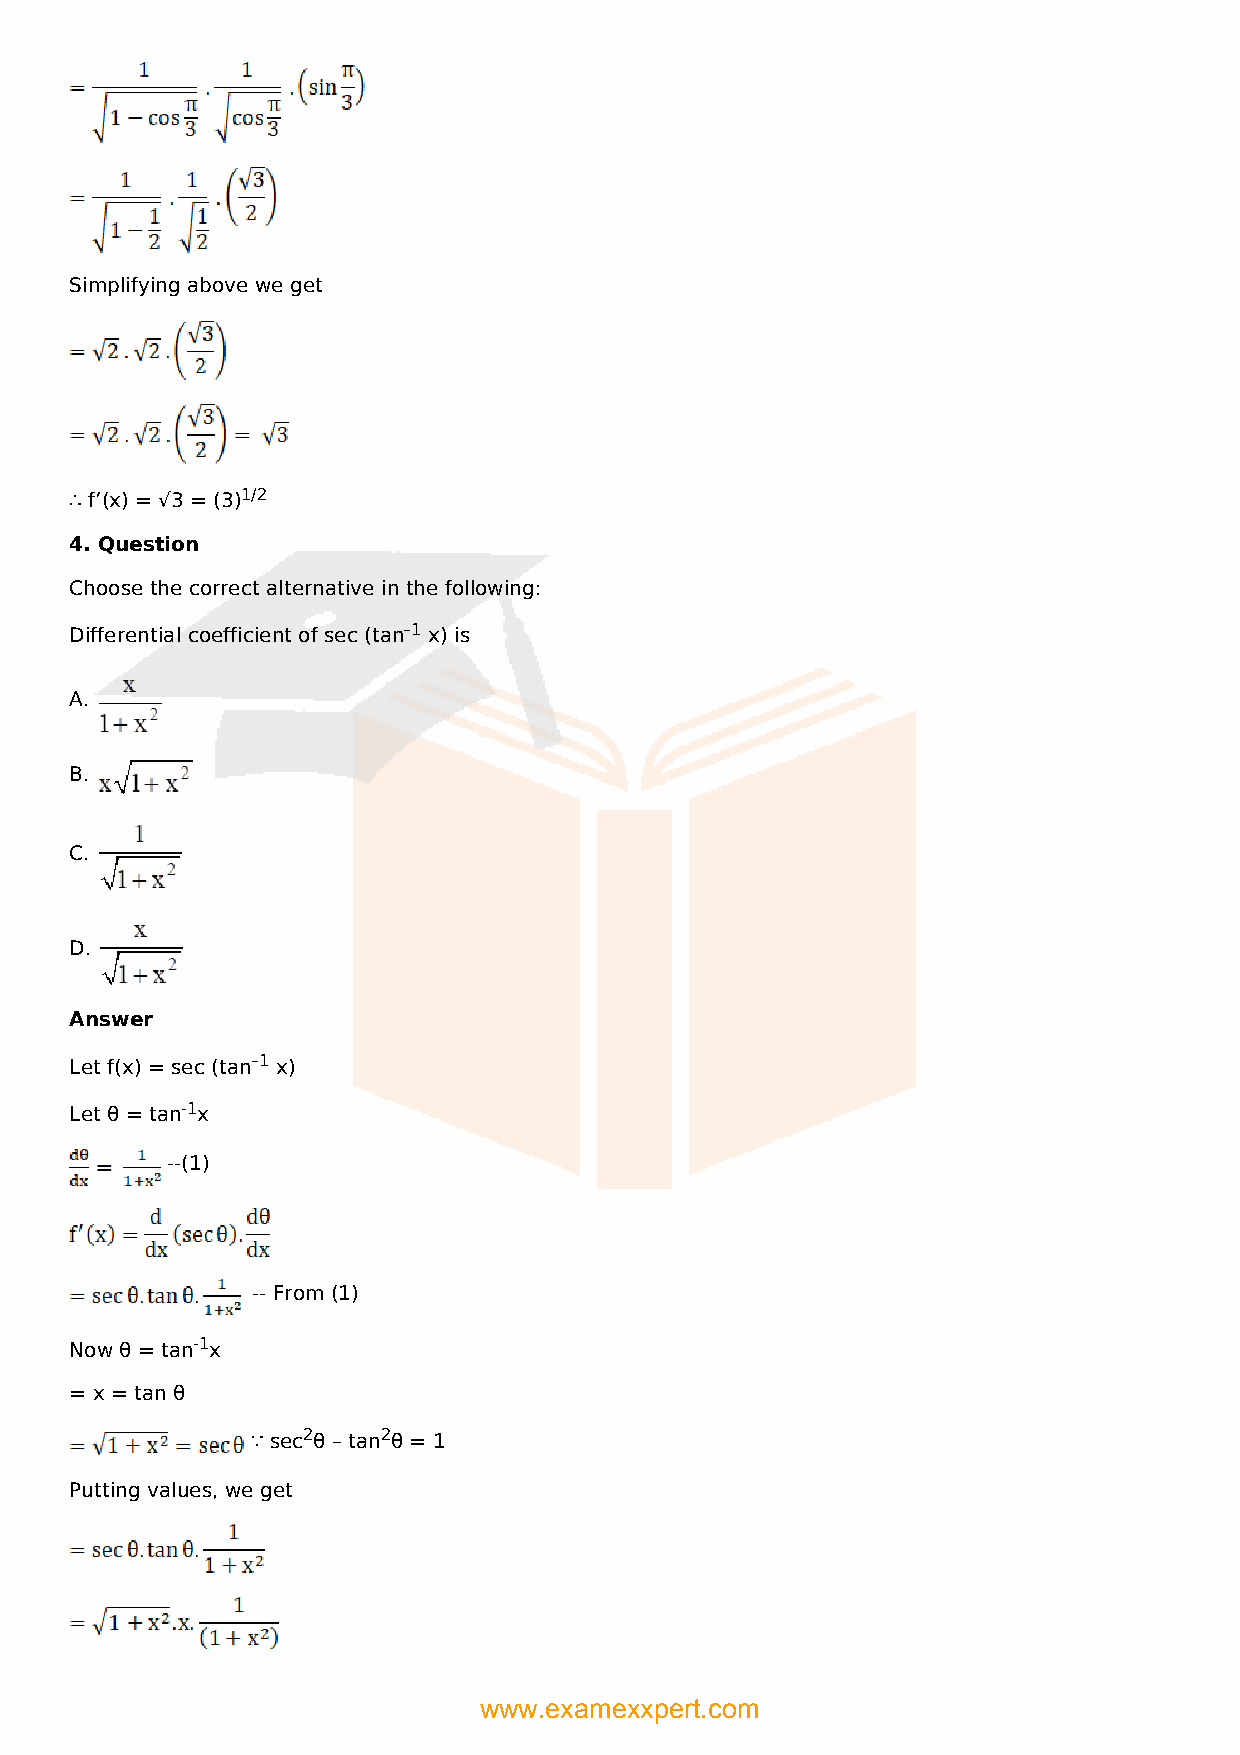
Simplifying above we get
 ∴ f’(x) = √3 = (3)1/2
 4. Question
 Choose the correct alternative in the following:
 Differential coefficient of sec (tan–1 x) is
 A.
 B.
 C.
 D.
 Answer
 Let f(x) = sec (tan–1 x)
 Let θ = tan-1x
 --(1)
 -- From (1)
 Now θ = tan-1x
 = x = tan θ
 ∵ sec2θ – tan2θ = 1
 Putting values, we get
 www.examexxpert.com